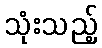
သုံးသည့်